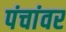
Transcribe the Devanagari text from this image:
पंचांवर